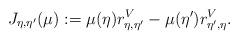
LaTeX: \begin{align*} J_{\eta,\eta'}(\mu) := \mu(\eta)r^V_{\eta,\eta'}-\mu(\eta')r^V_{\eta',\eta} .\end{align*}